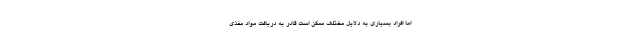
اما افراد بسیاری به دلایل مختلف ممکن است قادر به دریافت مواد مغذی